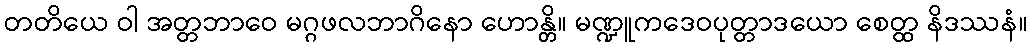
တတိယေ ဝါ အတ္တဘာဝေ မဂ္ဂဖလဘာဂိနော ဟောန္တိ။ မဏ္ဍူကဒေဝပုတ္တာဒယော စေတ္ထ နိဒဿနံ။